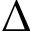
\Delta